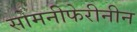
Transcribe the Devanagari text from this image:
सोमनीफेरीनीन